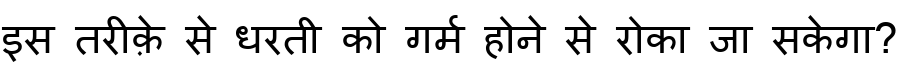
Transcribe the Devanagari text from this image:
इस तरीक़े से धरती को गर्म होने से रोका जा सकेगा?